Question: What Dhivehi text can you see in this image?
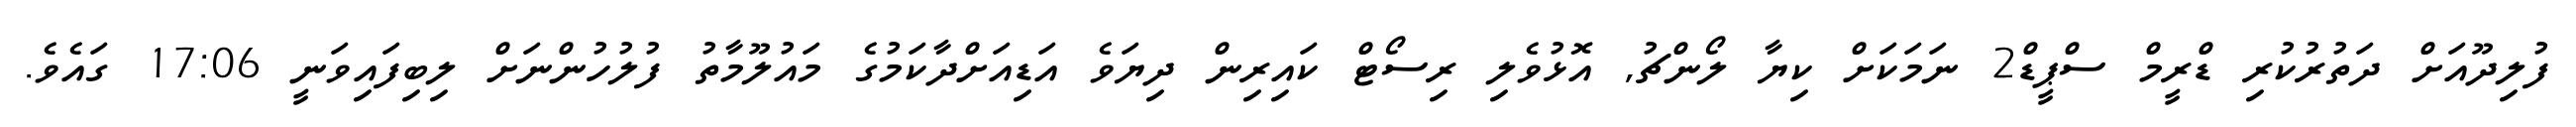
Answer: ފުލިދޫއަށް ދަތުރުކުރި ޑްރީމް ސްޕީޑް2 ނަމަކަށް ކިޔާ ލޯންޗު, އޮޅުވެލި ރިސޯޓް ކައިރިން ދިޔަވެ އަޑިއަށްދާކަމުގެ މައުލޫމާތު ފުލުހުންނަށް ލިބިފައިވަނީ 17:06 ގައެވެ.